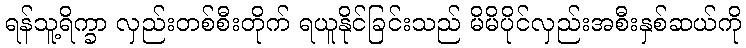
ရန်သူ့ရိက္ခာ လှည်းတစ်စီးတိုက် ရယူနိုင်ခြင်းသည် မိမိပိုင်လှည်းအစီးနှစ်ဆယ်ကို